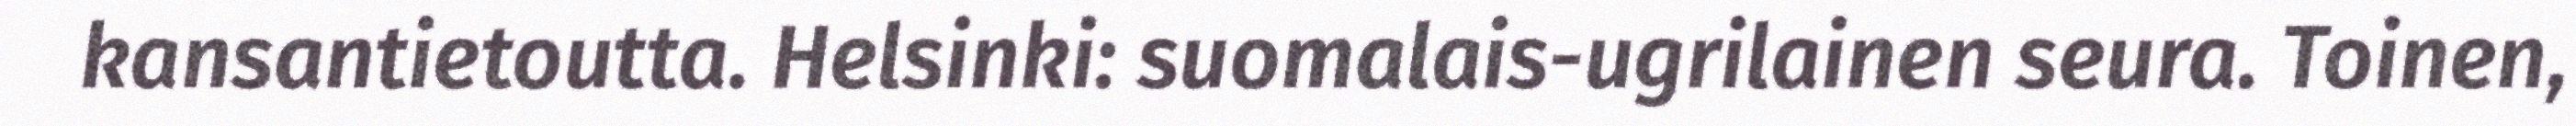
kansantietoutta. Helsinki: suomalais-ugrilainen seura. Toinen,